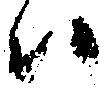
ハ